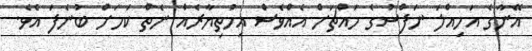
އޭނާގެ އަމިއްލަ ނަފްސުގެ މައްޗަށް އެއްވެސް އިހުތިޔާރެއް ނެތް ކަމަށް ބުނެފަ އެވެ.